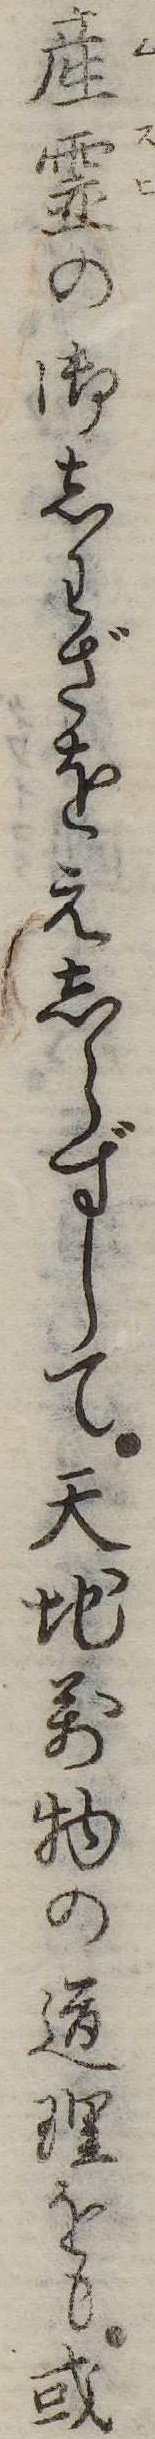
産霊の御しわざをえしらずして天地万物の道理をも或